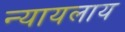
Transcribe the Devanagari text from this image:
न्यायलाय